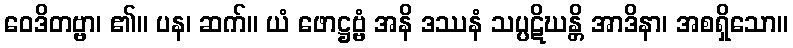
ဝေဒိတဗ္ဗာ၊ ၏။ ပန၊ ဆက်။ ယံ ဖောဋ္ဌဗ္ဗံ အနိ ဒဿနံ သပ္ပဋိဃန္တိ အာဒိနာ၊ အစရှိသော။